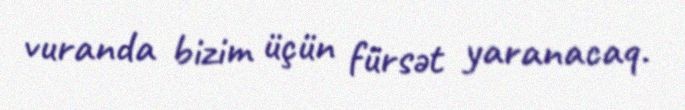
vuranda bizim üçün fürsət yaranacaq.